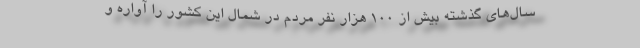
سال‌های گذشته بیش از 100 هزار نفر مردم در شمال این کشور را آواره و